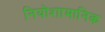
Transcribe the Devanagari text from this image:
नियोशामानिक